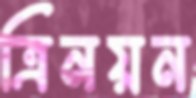
ত্রিনয়ন